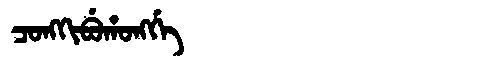
Manchu: ᠴᠣᠩᡴᡳᠪᡠᡥᠣᠩᡤᡝ
Romanization: CONGKIBUHONGGE